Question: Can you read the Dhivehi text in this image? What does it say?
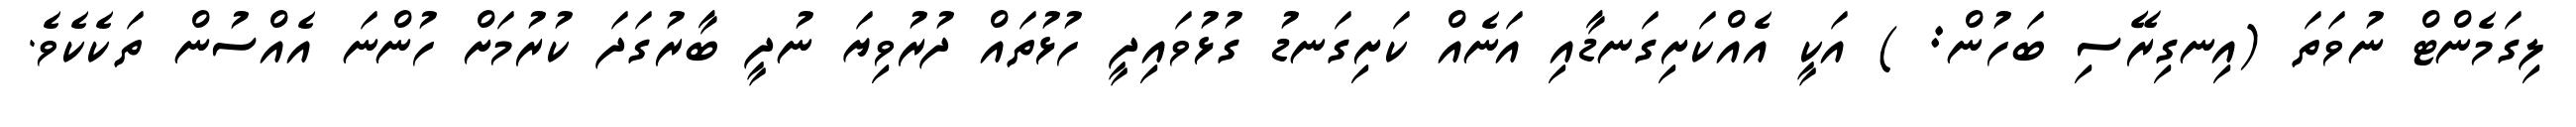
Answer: ލިގަމެންޓް ނުވަތަ (އިނގިރޭސި ބަހުން: ) އަކީ އެއްކަށިގަނޑާއި އަނެއް ކަށިގަނޑު ގުޅުވައިދީ ހުޅުތައް ދުރުވިޔަ ނުދީ ބާރުގަދަ ކުރުމަށް ހުންނަ އެއްސުން ތަކެކެވެ.